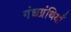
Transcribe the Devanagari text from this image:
गंधग्रंथियाँ